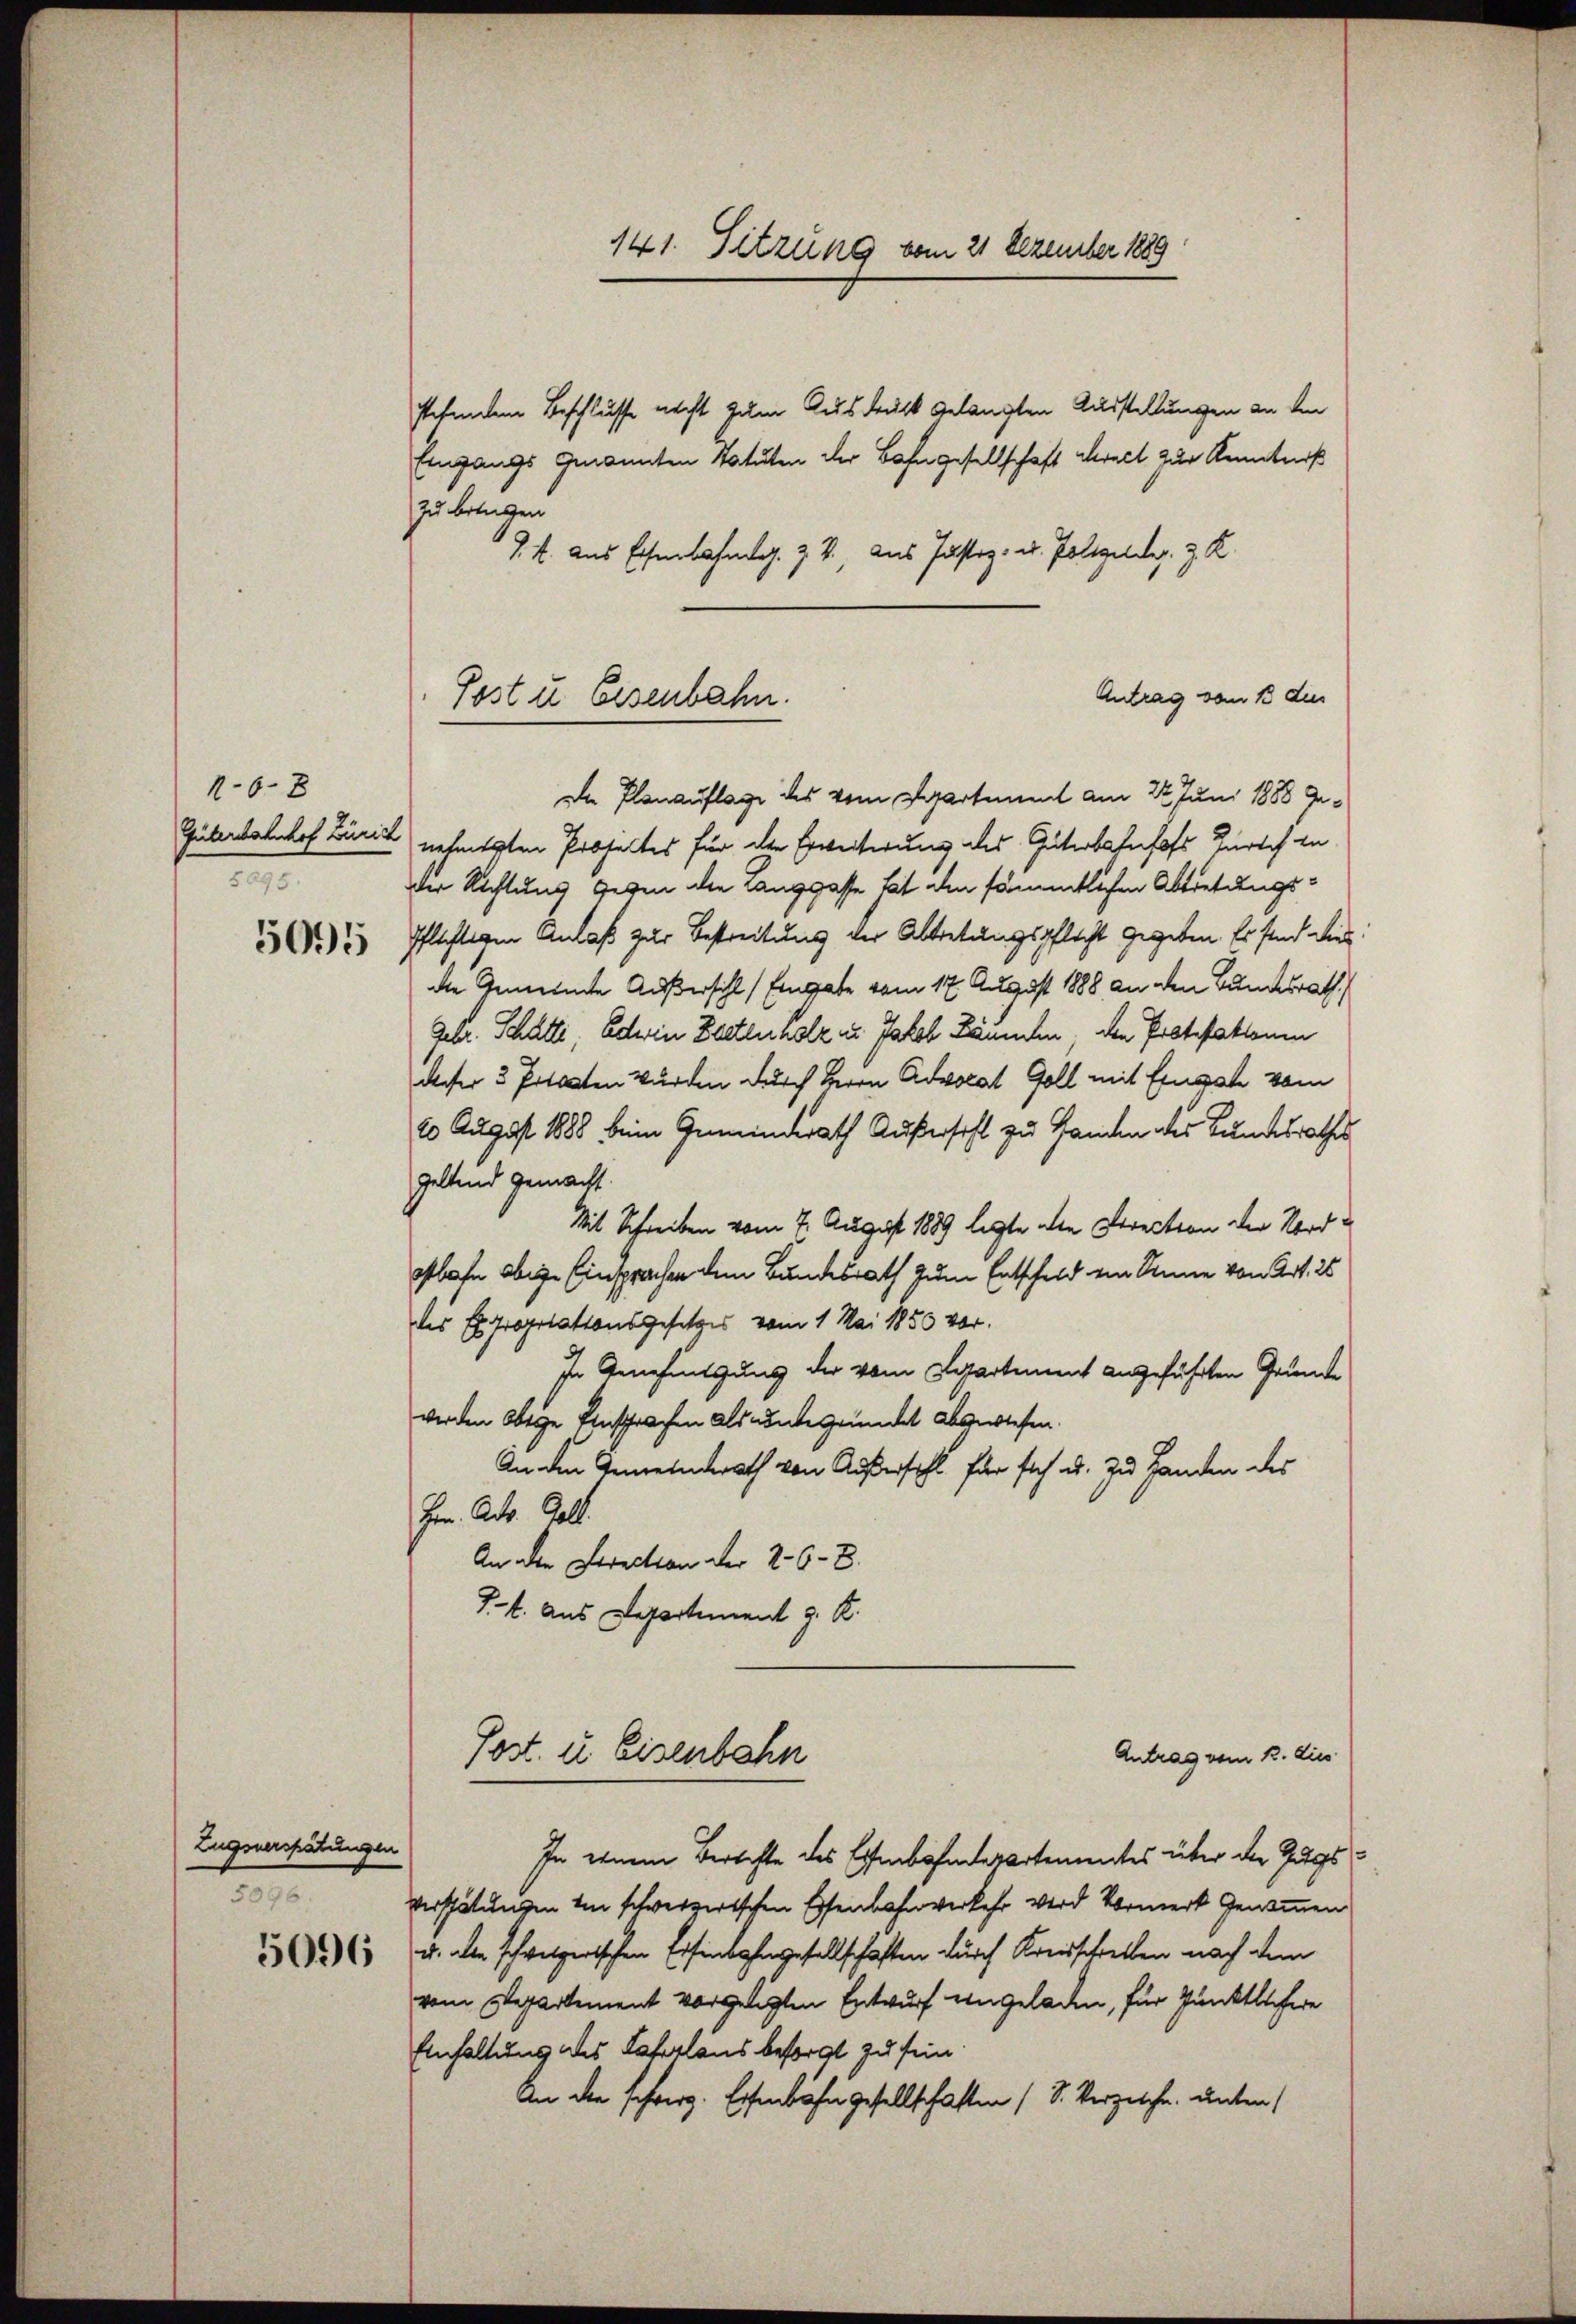
16 x
Güterbahnhof Zürich
5095.
5095

Zugsverspätungen
5096.
5096

stehendem Beschlusse nicht zum Ausdruck gelangten Ausstellungen an den
Eingangs genannten Statuten der Bahngesellschaft cract zur Kenntniß
zu bringen
S. M. aus Eisenbahnl. Z. V., aus Justiz- u. Poltgeldes. z. K.
Antrag vom 13 des
De Planauflage des vom Departement am 22. Juni 1888 genehmenten Profestes für die Erweiterung des Güterbahnhofs Zürich zu
Der Richtung gegen die Langgasse bat den sämmtlichen Abtretungs¬
Pflichtigen Anlaß zur Bestreitung der Abtretungspflicht gegeben. Er sind dies
die Gemeinde Außersihl (Eingabe vom 17. August 1888 an den Bundesrath
Gebr. Schatte, Oderin Bestenholz zu Jakob Bäumen, den Protestationen
deser 3 Prtasten Wurden durch Herrn Advocat Goll mit Einsch vom
20 August 1888 beim Gemeindrath Außersihl zu Handen des Bundesrathes
geltend gemacht.
Mit Schreiben vom 7. August 1889 legte die Direction der Nordstbahn obige Einsprachen dem Bundesrath zum Entscheid von Sinne von Art. 25
des Expropriationsgesetzes vom 1. Mai 1850 vor.
In Genehmigung der vom Spartement angeführten Gründe
werden Obrige Einsprachen als unbegründet abgewiesen.
An den Gemeinderath von Außersihl für sich u. zu Handen des
Hrn. Act. Gall
An der Strection der 206 - 8.
J.. aus Departement z. B.
Post. u. Eisenbahn
Antrag vom 22. dies
)
In einem Berichte des Eisenbahnderartementes über der Zugs
verspätungen in schwerzertschen Eisenbahnverkehr wird Vormerk genommen
u. die schweizerischen Erfinbahngesellschaften durch Kreisschreiben nach dem
vom Departement vorgelegten Entwurf eingeladen, für Pünktlichere
Einhaltung des Fahrlaus besorgt zu sein.
An die schwerg. Eisenbahn gesellschaften (S. Verzeiche unter

Post u. Eisenbahn.

141. Sitzung vom 21 Dezember 1889